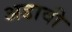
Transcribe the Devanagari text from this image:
अडावी